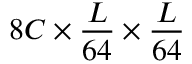
8 C \times \frac { L } { 6 4 } \times \frac { L } { 6 4 }